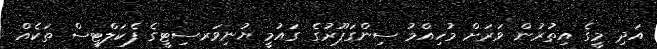
އަދި މީގެ އިތުރުން ވަރަށް މުހިއްމު ސިންގަޕޫރުގެ ގައުމީ ޔުނިވަރސިޓީގެ ފެކަލްޓީސް ތަކެއް